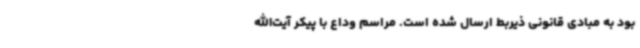
بود به مبادی قانونی ذیربط ارسال شده است. مراسم وداع با پیکر آیت‌الله